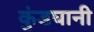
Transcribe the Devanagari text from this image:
कुंडघानी